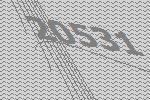
20531